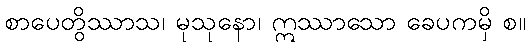
စာပေတွိဿာသ၊ မုသုနော၊ ဣဿာသော ခေပကမှိ စ။